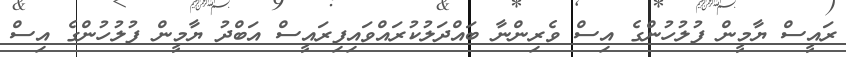
ރައީސް ޔާމީން ފުލުހުންގެ އިސް ވެރިންނާ ބައްދަލުކުރައްވައިފިރައީސް އަބްދު ޔާމީން ފުލުހުންގެ އިސް